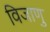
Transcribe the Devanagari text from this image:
विजाणु